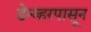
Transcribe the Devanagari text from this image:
डेन्व्हरपासून